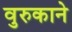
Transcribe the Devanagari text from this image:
वुरुकाने